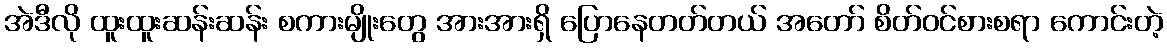
အဲဒီလို ထူးထူးဆန်းဆန်း စကားမျိုးတွေ အားအားရှိ ပြောနေတတ်တယ် အတော် စိတ်ဝင်စားစရာ ကောင်းတဲ့